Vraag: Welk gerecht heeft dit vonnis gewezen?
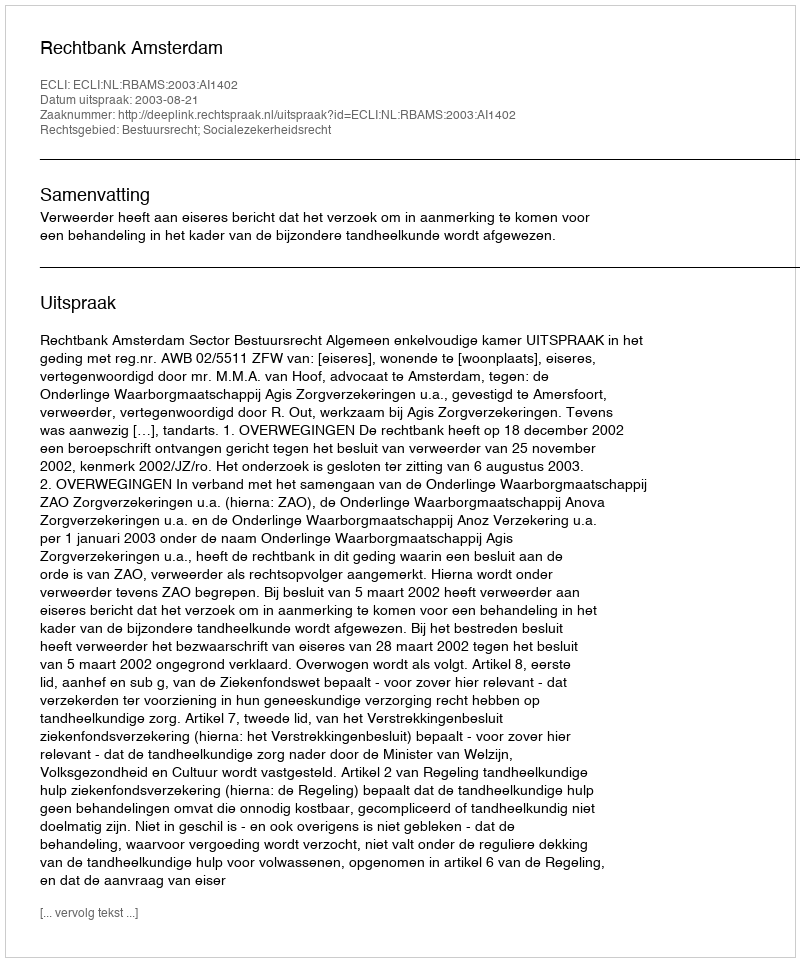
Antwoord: Rechtbank Amsterdam